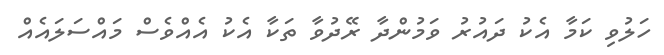
ހަލުވި ކަމާ އެކު ދައުރު ވަމުންދާ ރޭދުވާ ތަކާ އެކު އެއްވެސް މައްސަލައެއް